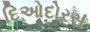
દિઓદોરસ